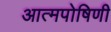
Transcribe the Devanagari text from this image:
आत्मपोषिणी